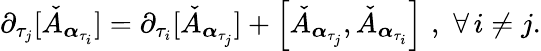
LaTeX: \partial_{\tau_{j}}[\check{A}_{\boldsymbol{\alpha}_{\tau_{i}}}]=\partial_{\tau_{i}}[\check{A}_{\boldsymbol{\alpha}_{\tau_{j}}}]+\left[\check{A}_{\boldsymbol{\alpha}_{\tau_{j}}},\check{A}_{\boldsymbol{\alpha}_{\tau_{i}}}\right]\, \, ,\, \, \forall\, i\neq j.